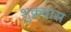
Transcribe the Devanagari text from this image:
शुक्रवास